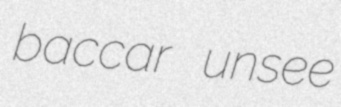
baccar unsee